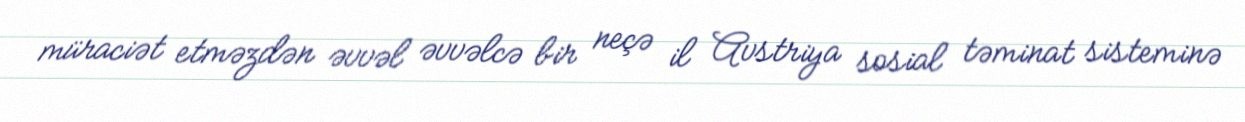
müraciət etməzdən əvvəl əvvəlcə bir neçə il Avstriya sosial təminat sisteminə